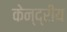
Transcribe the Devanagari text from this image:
केन्‍द्रीय